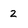
Character: 2